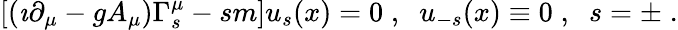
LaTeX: [(\imath\partial_{\mu}-gA_{\mu})\Gamma_{s}^{\mu}-sm]u_{s}(x)=0\; ,\; \; u_{-s}(x)\equiv 0\; ,\; \; s=\pm\; .